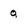
Character: q